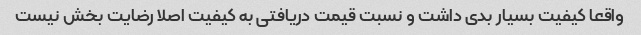
واقعا کیفیت بسیار بدی داشت و نسبت قیمت دریافتی به کیفیت اصلا رضایت بخش نیست